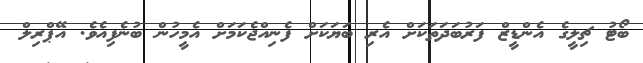
ބޯޓު ޗިލީގެ އެންޑީޒް ފަރުބަދަތަކަށް އެރި ބަޔަކަށް ފެނިއްޖެކަމަށް އެމީހުން ބުނެފިއެވެ. އޭޕްރިލް